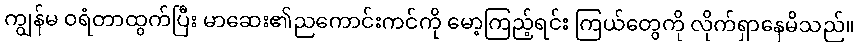
ကျွန်မ ဝရံတာထွက်ပြီး မာဆေး၏ညကောင်းကင်ကို မော့ကြည့်ရင်း ကြယ်တွေကို လိုက်ရှာနေမိသည်။